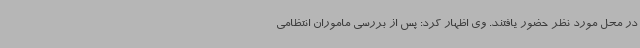
در محل مورد نظر حضور یافتند. وی اظهار کرد: پس از بررسی ماموران انتظامی